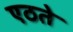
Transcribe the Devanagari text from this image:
एठते